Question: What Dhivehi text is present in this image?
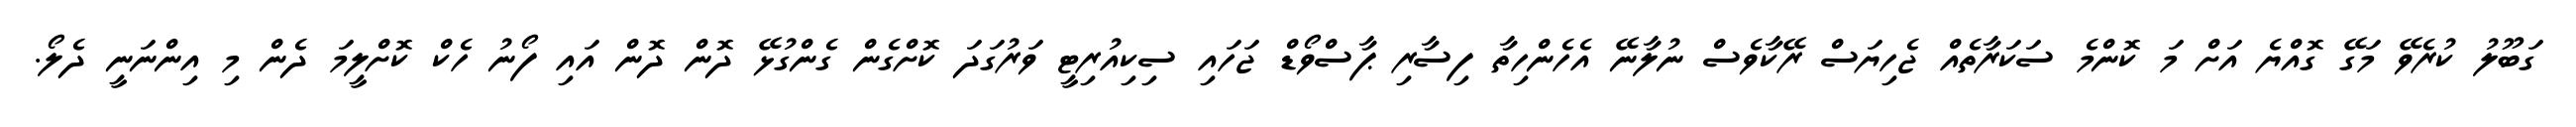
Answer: ގަބޫލު ކުރެވޭ މަގޭ ގޮއްޔެ އަށް މަ ކޮންމެ ސަކަރާތެއް ޖެހިޔަސް ރޭކާވެސް ނުލާނޭ އެހެންހިތާ ފިސާރި ޕާސްވޯޑް ޖަހައި ސިކިއުރިޓީ ވަރުގަދަ ކޮށްގެން ގެންގުޅޭ ދޮން ދޮން އައި ފޯނު ހެކް ކޮށްލީމަ ދެން މި އިންނަނީ ދެލޯ.